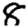
Digit: 8